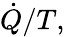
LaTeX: {\dot{Q}}/T,